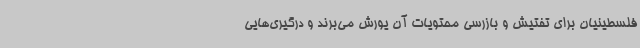
فلسطینیان برای تفتیش و بازرسی محتویات آن یورش می‌برند و درگیری‌هایی